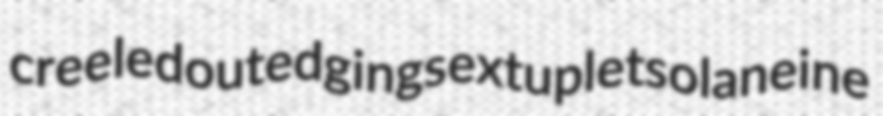
creeled outedging sextuplet solaneine